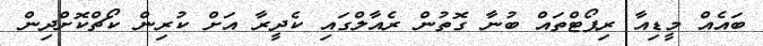
ބައެއް މީޑިއާ ރިޕޯޓްތައް ބުނާ ގޮތުން ރެއާލްގައި ކެދީރާ އަށް ކުރިން ކޯޗްކޮށްދިން